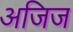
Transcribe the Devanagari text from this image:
अजिज